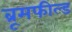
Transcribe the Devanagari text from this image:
ब्रूमफील्ड